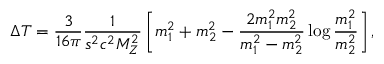
\Delta T = { \frac { 3 } { 1 6 \pi } } { \frac { 1 } { s ^ { 2 } c ^ { 2 } M _ { Z } ^ { 2 } } } \left[ m _ { 1 } ^ { 2 } + m _ { 2 } ^ { 2 } - { \frac { 2 m _ { 1 } ^ { 2 } m _ { 2 } ^ { 2 } } { m _ { 1 } ^ { 2 } - m _ { 2 } ^ { 2 } } } \log { \frac { m _ { 1 } ^ { 2 } } { m _ { 2 } ^ { 2 } } } \right] ,